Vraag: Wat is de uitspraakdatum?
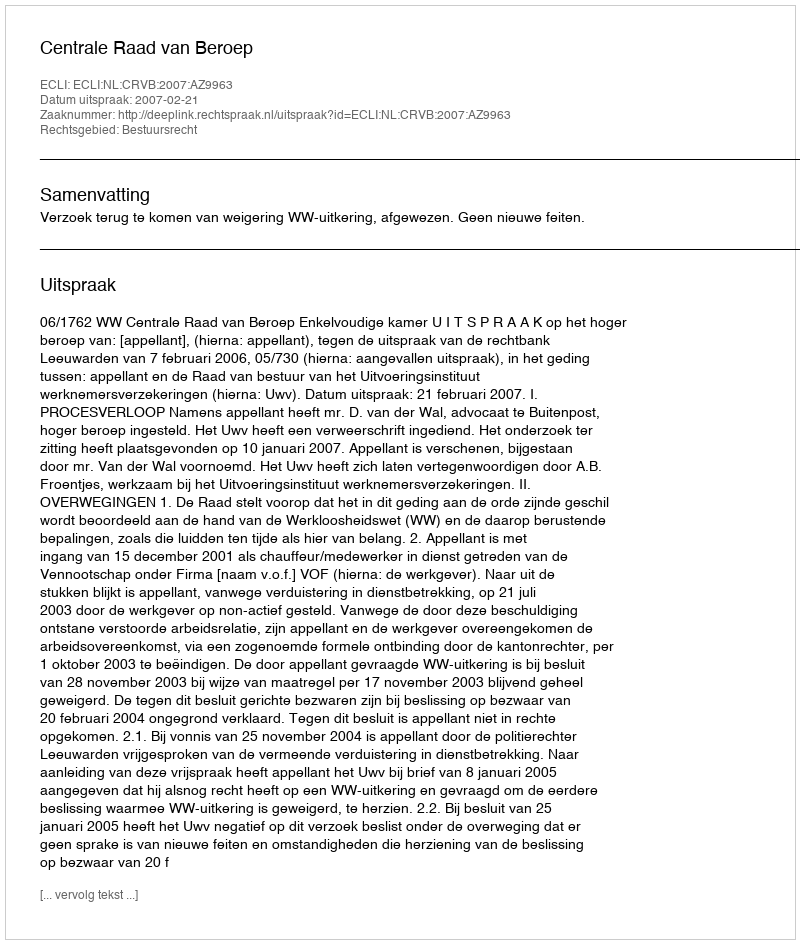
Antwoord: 2007-02-21